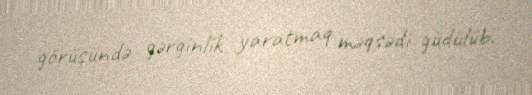
görüşündə gərginlik yaratmaq məqsədi güdülüb.